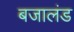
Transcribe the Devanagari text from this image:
बजालंड